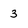
Character: 3